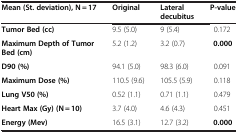
<table><thead><tr><td><b>Mean (St. deviation), N = 17</b></td><td><b>Original</b></td><td><b>Lateral decubitus</b></td><td><b>P-value</b></td></tr></thead><tbody><tr><td><b>Tumor Bed (cc)</b></td><td>9.5 (5.0)</td><td>9 (5.4)</td><td>0.172</td></tr><tr><td><b>Maximum Depth of Tumor Bed (cm)</b></td><td>5.2 (1.2)</td><td>3.2 (0.7)</td><td><b>0.000</b></td></tr><tr><td><b>D90 (%)</b></td><td>94.1 (5.0)</td><td>98.3 (6.0)</td><td>0.091</td></tr><tr><td><b>Maximum Dose (%)</b></td><td>110.5 (9.6)</td><td>105.5 (5.9)</td><td>0.118</td></tr><tr><td><b>Lung V50 (%)</b></td><td>0.52 (1.1)</td><td>0.71 (1.1)</td><td>0.479</td></tr><tr><td><b>Heart Max (Gy) (N = 10)</b></td><td>3.7 (4.0)</td><td>4.6 (4.3)</td><td>0.451</td></tr><tr><td><b>Energy (Mev)</b></td><td>16.5 (3.1)</td><td>12.7 (3.2)</td><td><b>0.000</b></td></tr></tbody></table>